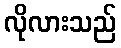
လိုလားသည်